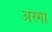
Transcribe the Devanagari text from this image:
अस्गा